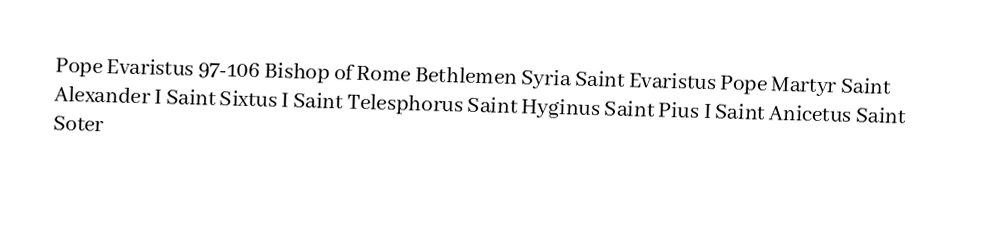
Pope Evaristus 97-106 Bishop of Rome Bethlemen Syria Saint Evaristus Pope Martyr Saint Alexander I Saint Sixtus I Saint Telesphorus Saint Hyginus Saint Pius I Saint Anicetus Saint Soter